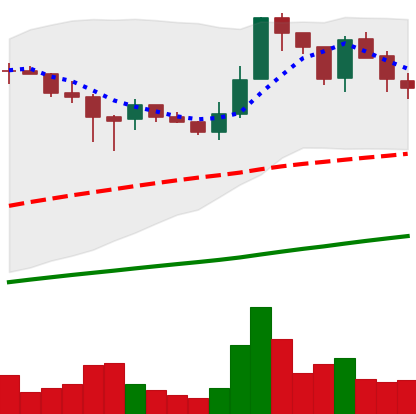
Ticker: LTC-USD
Chart end date: 2017-07-11
Forward return: -9.746%
Label: down_7plus